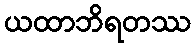
ယထာဘိရတဿ